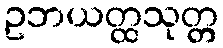
ဥဘယတ္ထသုတ္တ